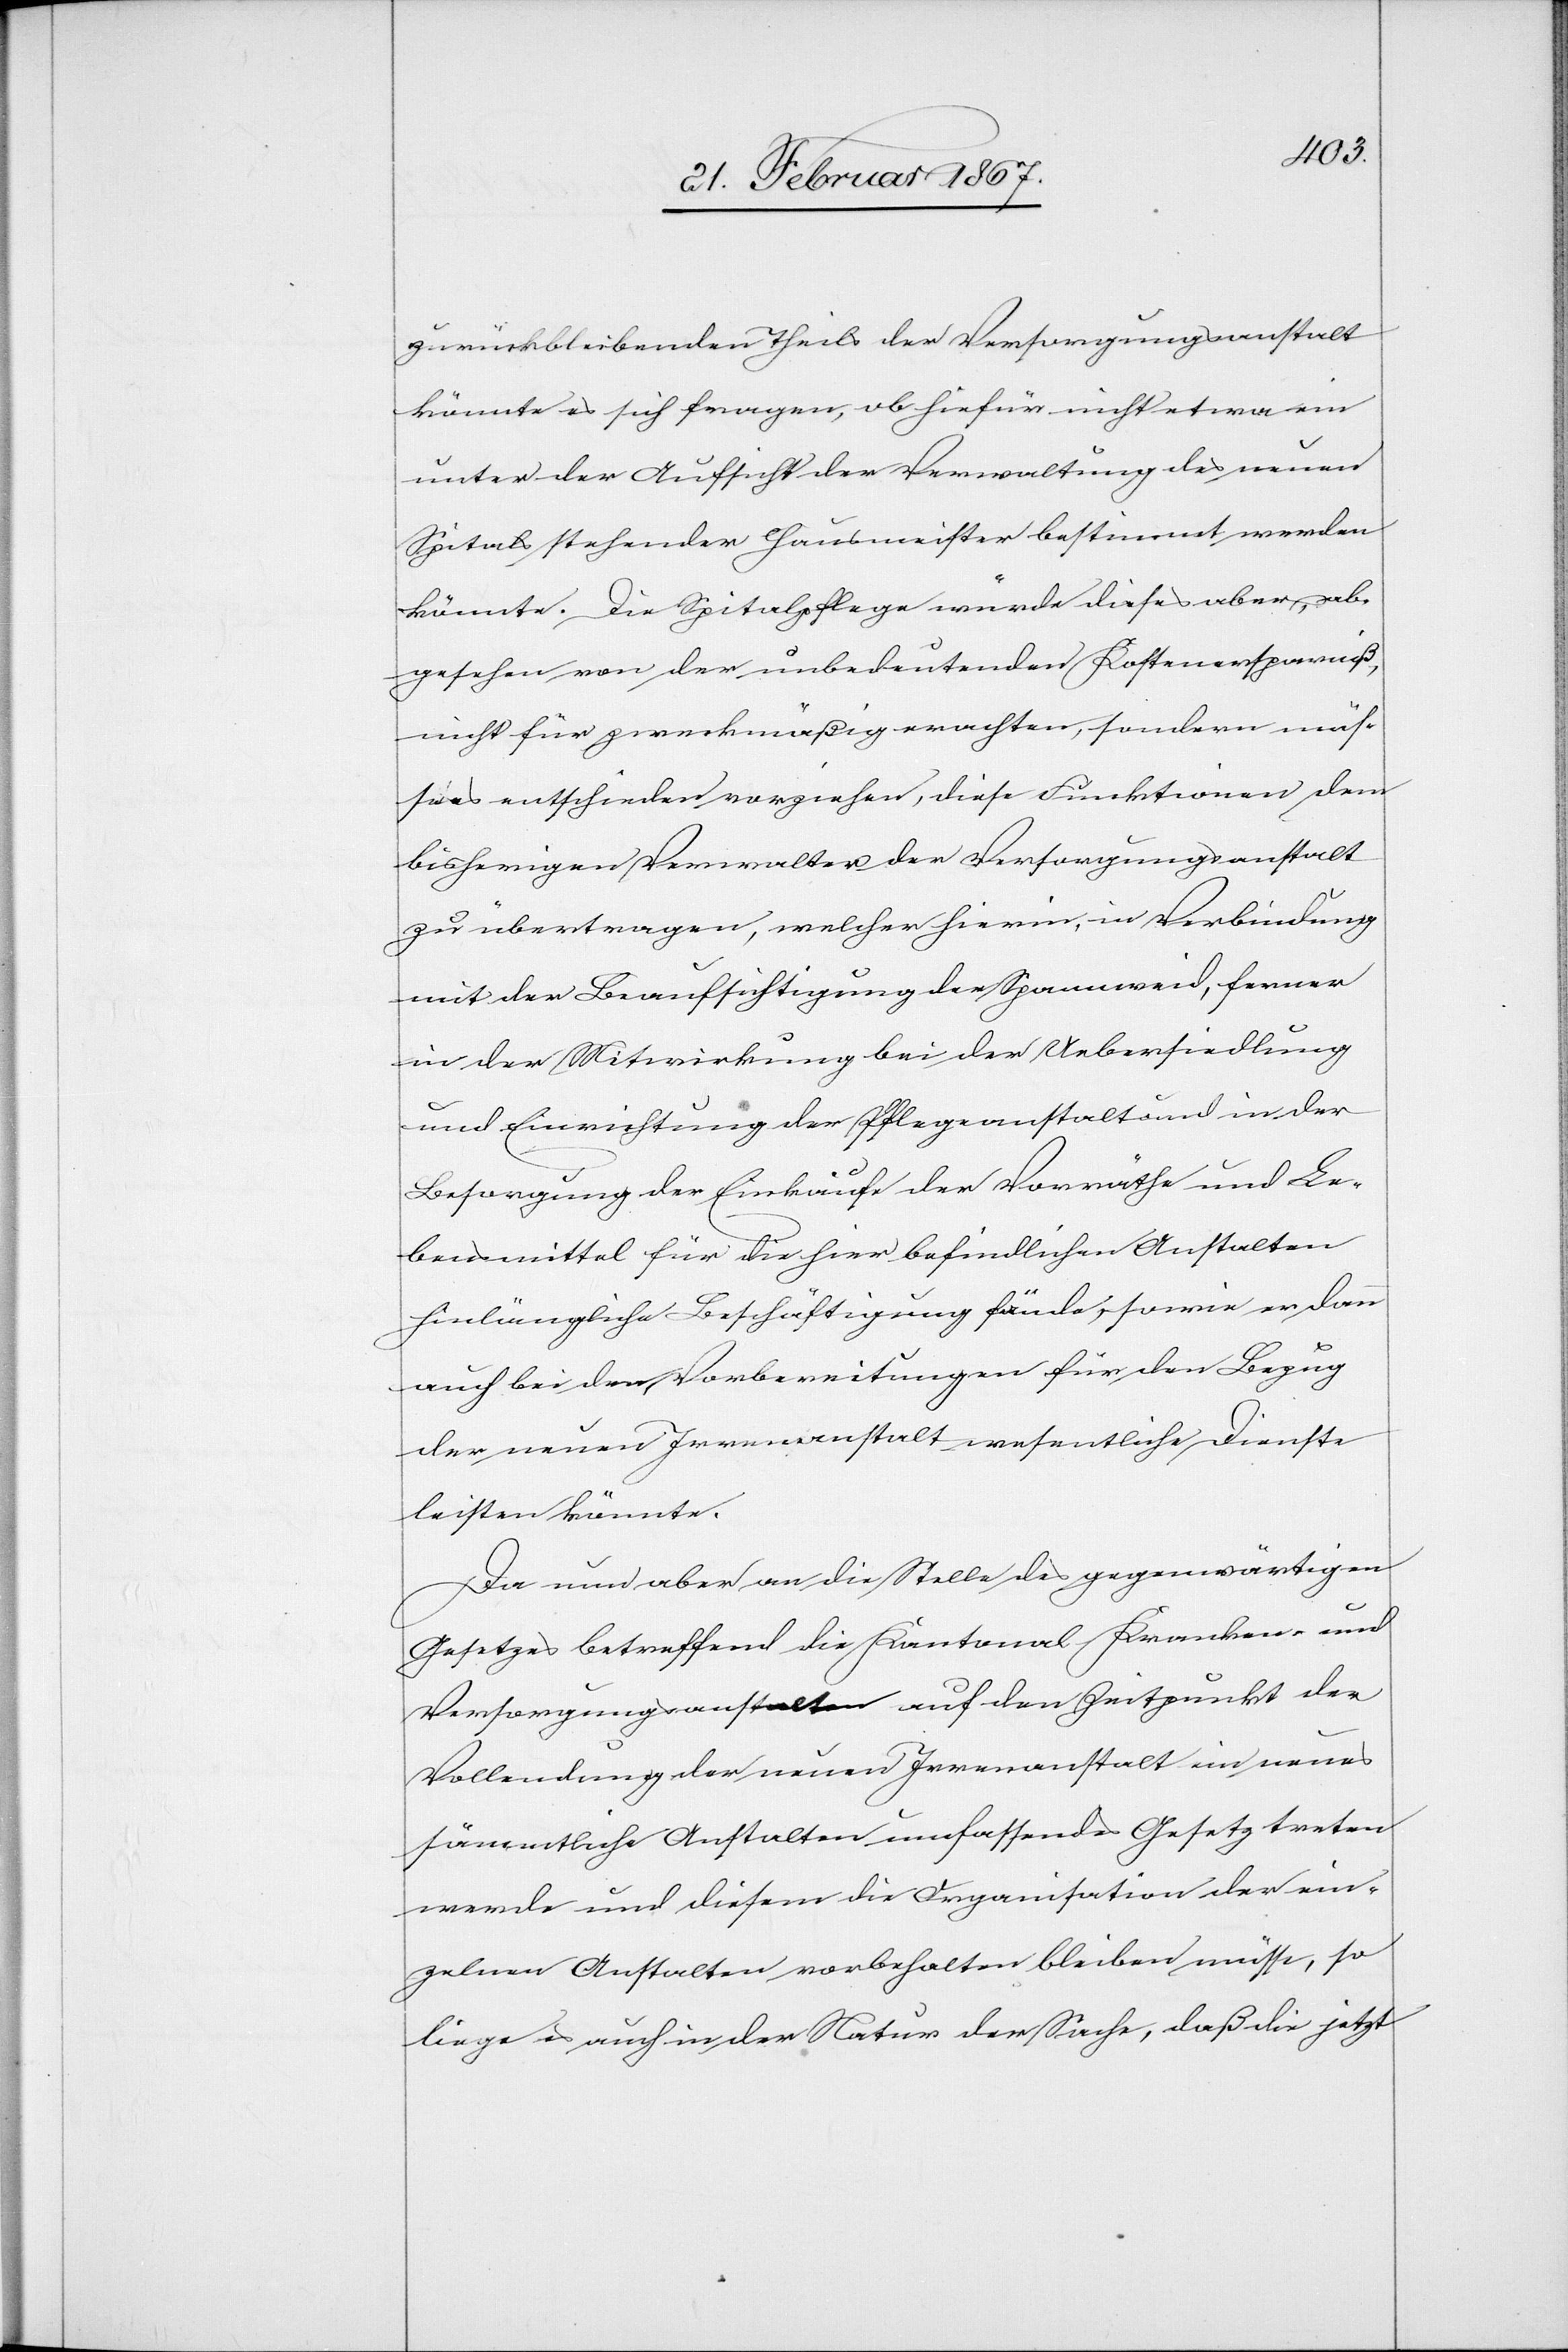
zurückbleibenden Theils der Versorgungsanstalt
könnte es sich fragen, ob hiefür nicht etwa ein
unter der Aufsicht der Verwaltung des neuen
Spitals stehender Hausmeister bestimmt werden
könnte. Die Spitalpflege würde dieses aber, ab¬
gesehen von der unbedeutenden Kostenersparniß,
nicht für zweckmäßig erachten, sondern müs¬
se es entschieden vorziehen, diese Funktionen dem
bisherigen Verwalter der Versorgungsanstalt
zu übertragen, welcher hierin, in Verbindung
mit der Beaufsichtigung der Spannweid, ferner
in der Mitwirkung bei der Uebersiedlung
und Einrichtung der Pflegeanstalt und in der
Besorgung der Einkäufe der Vorräthe und Le¬
bensmittel für die hier befindlichen Anstalten
hinlängliche Beschäftigung fände, sowie er dann
auch bei den Vorbereitungen für den Bezug
der neuen Irrenanstalt wesentliche Dienste
leisten könnte.
Da nun aber an die Stelle des gegenwärtigen
Gesetzes betreffend die Kantonal-Kranken- und
Versorgungsanstalten auf den Zeitpunkt der
Vollendung der neuen Irrenanstalt ein neues
sämmtliche Anstalten umfassendes Gesetz treten
werde und diesem die Organisation der ein¬
zelnen Anstalten vorbehalten bleiben müsse, so
liege es auch in der Natur der Sache, daß die jetzt